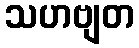
သဟဗျတ